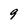
Character: 9